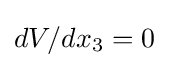
dV/dx_{3}=0